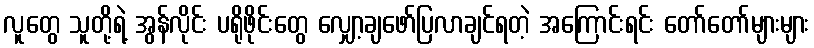
လူတွေ သူတို့ရဲ့ အွန်လိုင်း ပရိုဖိုင်းတွေ လျှော့ချဖော်ပြလာချင်ရတဲ့ အကြောင်းရင်း တော်တော်များများ